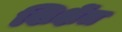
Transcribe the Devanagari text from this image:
शिक्षेंत